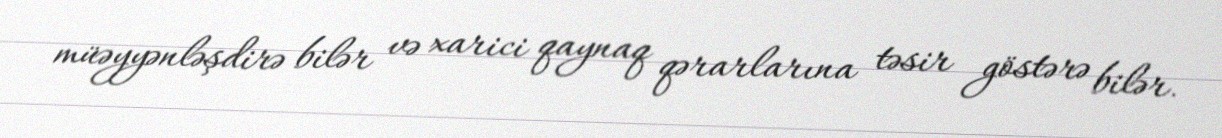
müəyyənləşdirə bilər və xarici qaynaq qərarlarına təsir göstərə bilər.